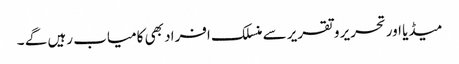
میڈیا اورتحریر و تقریر سے منسلک افراد بھی کامیاب رہیں گے ۔